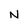
Character: N